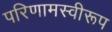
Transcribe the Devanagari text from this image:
परिणामस्वीरूप